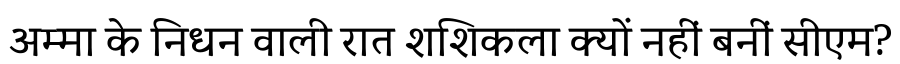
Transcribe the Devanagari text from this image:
अम्मा के निधन वाली रात शशिकला क्यों नहीं बनीं सीएम?